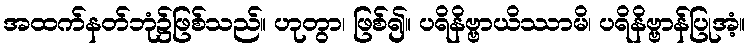
အထက်နတ်ဘုံ၌ဖြစ်သည်။ ဟုတွာ၊ ဖြစ်၍။ ပရိနိဗ္ဗာယိဿာမိ၊ ပရိနိဗ္ဗာန်ပြုအံ့။